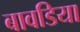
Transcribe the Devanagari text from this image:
बावडिया